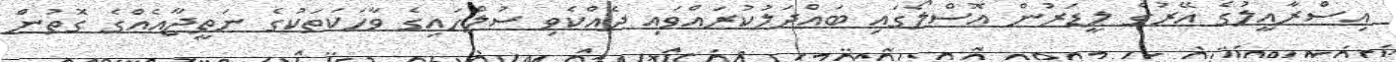
އިސްރާއީލުގެ އޭރުގެ ލީޑަރުން އޮސްލޯގައި ބައްދަލުކުރައްވައި ދެއްކެވި ސުލްހައިގެ ވާހަކަތަކުގެ ނަތީޖާއެއްގެ ގޮތުން